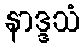
နာဒ္ဒသံ